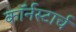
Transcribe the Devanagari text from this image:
कॉर्नस्टार्च